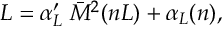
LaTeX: L = \alpha _ { L } ^ { \prime } \; \bar { M } ^ { 2 } ( n L ) + \alpha _ { L } ( n ) ,